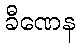
ခီဏေန